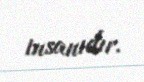
insanıdır.